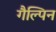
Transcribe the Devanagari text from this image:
गैल्पिन